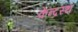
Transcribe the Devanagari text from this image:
केन्द्रस्थ